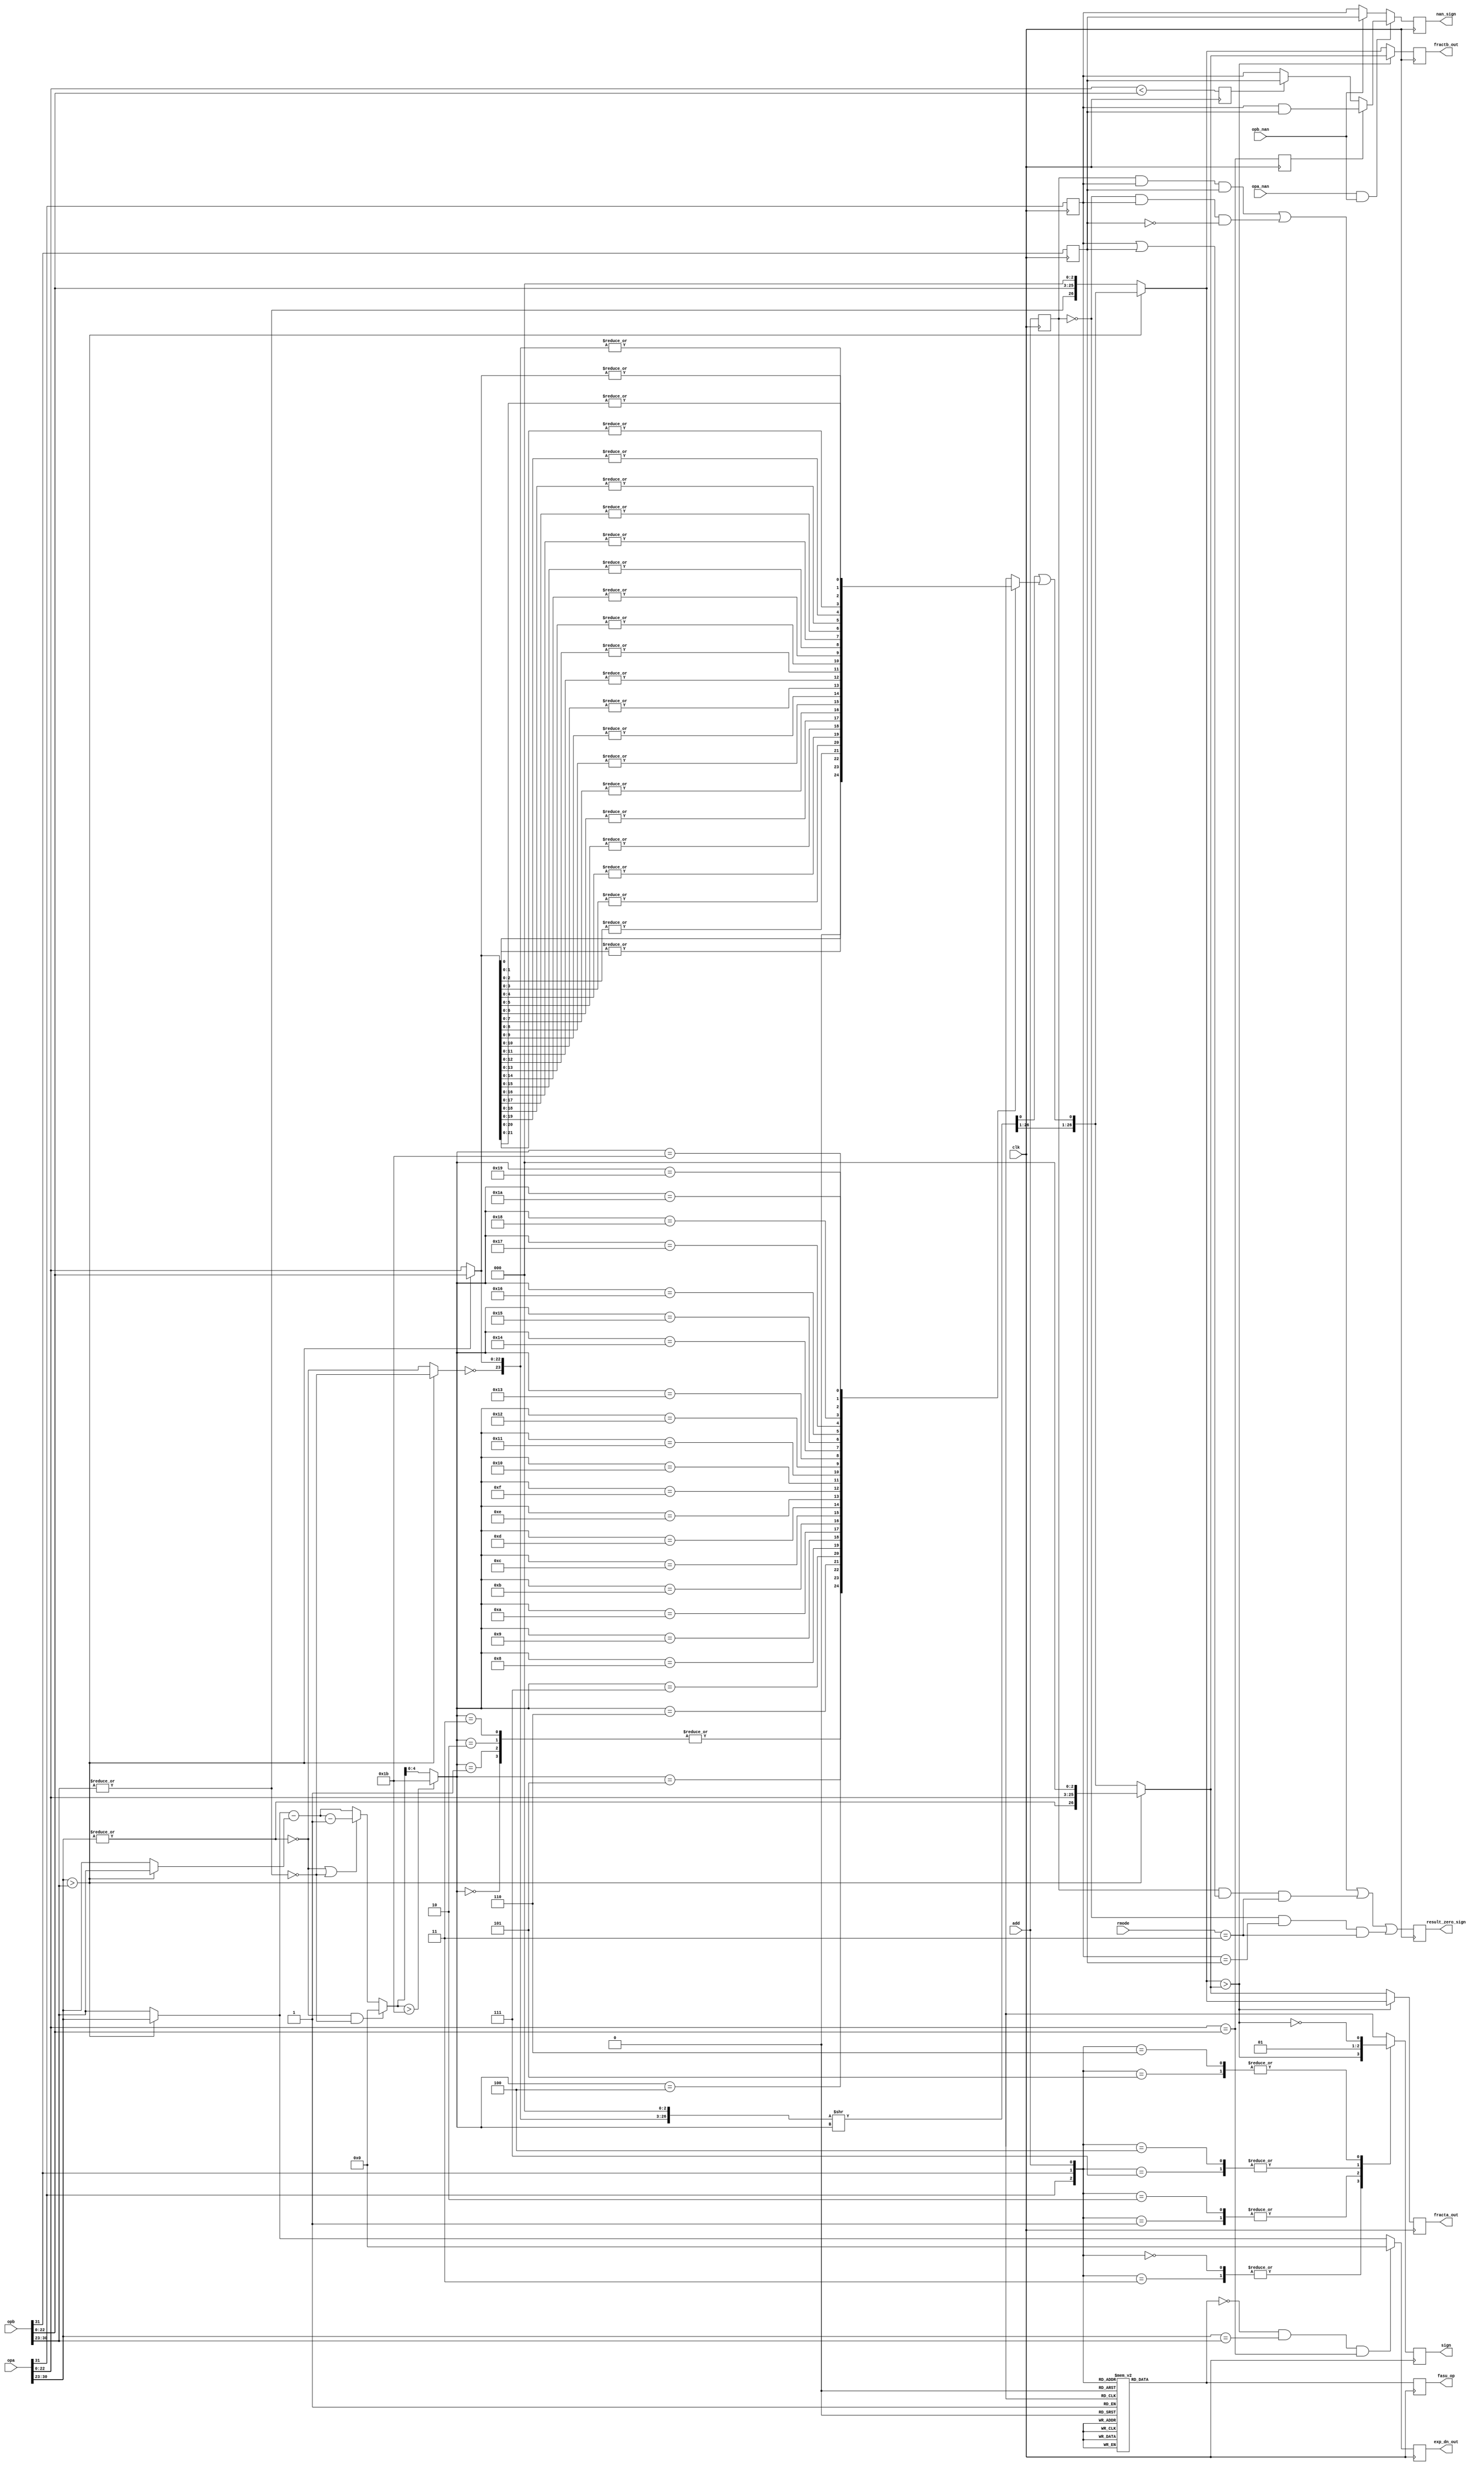
`timescale 1ns / 100ps


module pre_norm(clk, rmode, add, opa, opb, opa_nan, opb_nan, fracta_out,
		fractb_out, exp_dn_out, sign, nan_sign, result_zero_sign,
		fasu_op);
input		clk;
input	[1:0]	rmode;
input		add;
input	[31:0]	opa, opb;
input		opa_nan, opb_nan;
output	[26:0]	fracta_out, fractb_out;
output	[7:0]	exp_dn_out;
output		sign;
output		nan_sign, result_zero_sign;
output		fasu_op;			// Operation Output

////////////////////////////////////////////////////////////////////////
//
// Local Wires and registers
//

wire		signa, signb;		// alias to opX sign
wire	[7:0]	expa, expb;		// alias to opX exponent
wire	[22:0]	fracta, fractb;		// alias to opX fraction
wire		expa_lt_expb;		// expa is larger than expb indicator
wire		fractb_lt_fracta;	// fractb is larger than fracta indicator
reg	[7:0]	exp_dn_out;		// de normalized exponent output
wire	[7:0]	exp_small, exp_large;
wire	[7:0]	exp_diff;		// Numeric difference of the two exponents
wire	[22:0]	adj_op;			// Fraction adjustment: input
wire	[26:0]	adj_op_tmp;
wire	[26:0]	adj_op_out;		// Fraction adjustment: output
wire	[26:0]	fracta_n, fractb_n;	// Fraction selection after normalizing
wire	[26:0]	fracta_s, fractb_s;	// Fraction Sorting out
reg	[26:0]	fracta_out, fractb_out;	// Fraction Output
reg		sign, sign_d;		// Sign Output
reg		add_d;			// operation (add/sub)
reg		fasu_op;		// operation (add/sub) register
wire		expa_dn, expb_dn;
reg		sticky;
reg		result_zero_sign;
reg		add_r, signa_r, signb_r;
wire	[4:0]	exp_diff_sft;
wire		exp_lt_27;
wire		op_dn;
wire	[26:0]	adj_op_out_sft;
reg		fracta_lt_fractb, fracta_eq_fractb;
wire		nan_sign1;
reg		nan_sign;

////////////////////////////////////////////////////////////////////////
//
// Aliases
//

assign  signa = opa[31];
assign  signb = opb[31];
assign   expa = opa[30:23];
assign   expb = opb[30:23];
assign fracta = opa[22:0];
assign fractb = opb[22:0];

////////////////////////////////////////////////////////////////////////
//
// Pre-Normalize exponents (and fractions)
//

assign expa_lt_expb = expa > expb;		// expa is larger than expb

// ---------------------------------------------------------------------
// Normalize

assign expa_dn = !(|expa);			// opa denormalized
assign expb_dn = !(|expb);			// opb denormalized

// ---------------------------------------------------------------------
// Calculate the difference between the smaller and larger exponent

wire	[7:0]	exp_diff1, exp_diff1a, exp_diff2;

assign exp_small  = expa_lt_expb ? expb : expa;
assign exp_large  = expa_lt_expb ? expa : expb;
assign exp_diff1  = exp_large - exp_small;
assign exp_diff1a = exp_diff1-1;
assign exp_diff2  = (expa_dn | expb_dn) ? exp_diff1a : exp_diff1;
assign  exp_diff  = (expa_dn & expb_dn) ? 8'h0 : exp_diff2;

always @(posedge clk)	// If numbers are equal we should return zero
	exp_dn_out <= #1 (!add_d & expa==expb & fracta==fractb) ? 8'h0 : exp_large;

// ---------------------------------------------------------------------
// Adjust the smaller fraction


assign op_dn	  = expa_lt_expb ? expb_dn : expa_dn;
assign adj_op     = expa_lt_expb ? fractb : fracta;
assign adj_op_tmp = { ~op_dn, adj_op, 3'b0 };	// recover hidden bit (op_dn) 

// adj_op_out is 27 bits wide, so can only be shifted 27 bits to the right
assign exp_lt_27	= exp_diff  > 8'd27;
assign exp_diff_sft	= exp_lt_27 ? 5'd27 : exp_diff[4:0];
assign adj_op_out_sft	= adj_op_tmp >> exp_diff_sft;
assign adj_op_out	= {adj_op_out_sft[26:1], adj_op_out_sft[0] | sticky };

// ---------------------------------------------------------------------
// Get truncated portion (sticky bit)

always @(exp_diff_sft or adj_op_tmp)
   case(exp_diff_sft)		// synopsys full_case parallel_case
	00: sticky = 1'h0;
	01: sticky =  adj_op_tmp[0]; 
	02: sticky = |adj_op_tmp[01:0];
	03: sticky = |adj_op_tmp[02:0];
	04: sticky = |adj_op_tmp[03:0];
	05: sticky = |adj_op_tmp[04:0];
	06: sticky = |adj_op_tmp[05:0];
	07: sticky = |adj_op_tmp[06:0];
	08: sticky = |adj_op_tmp[07:0];
	09: sticky = |adj_op_tmp[08:0];
	10: sticky = |adj_op_tmp[09:0];
	11: sticky = |adj_op_tmp[10:0];
	12: sticky = |adj_op_tmp[11:0];
	13: sticky = |adj_op_tmp[12:0];
	14: sticky = |adj_op_tmp[13:0];
	15: sticky = |adj_op_tmp[14:0];
	16: sticky = |adj_op_tmp[15:0];
	17: sticky = |adj_op_tmp[16:0];
	18: sticky = |adj_op_tmp[17:0];
	19: sticky = |adj_op_tmp[18:0];
	20: sticky = |adj_op_tmp[19:0];
	21: sticky = |adj_op_tmp[20:0];
	22: sticky = |adj_op_tmp[21:0];
	23: sticky = |adj_op_tmp[22:0];
	24: sticky = |adj_op_tmp[23:0];
	25: sticky = |adj_op_tmp[24:0];
	26: sticky = |adj_op_tmp[25:0];
	27: sticky = |adj_op_tmp[26:0];
   endcase

// ---------------------------------------------------------------------
// Select operands for add/sub (recover hidden bit)

assign fracta_n = expa_lt_expb ? {~expa_dn, fracta, 3'b0} : adj_op_out;
assign fractb_n = expa_lt_expb ? adj_op_out : {~expb_dn, fractb, 3'b0};

// ---------------------------------------------------------------------
// Sort operands (for sub only)

assign fractb_lt_fracta = fractb_n > fracta_n;	// fractb is larger than fracta
assign fracta_s = fractb_lt_fracta ? fractb_n : fracta_n;
assign fractb_s = fractb_lt_fracta ? fracta_n : fractb_n;

always @(posedge clk)
	fracta_out <= #1 fracta_s;

always @(posedge clk)
	fractb_out <= #1 fractb_s;

// ---------------------------------------------------------------------
// Determine sign for the output

// sign: 0=Positive Number; 1=Negative Number
always @(signa or signb or add or fractb_lt_fracta)
   case({signa, signb, add})		// synopsys full_case parallel_case

   	// Add
	3'b0_0_1: sign_d = 0;
	3'b0_1_1: sign_d = fractb_lt_fracta;
	3'b1_0_1: sign_d = !fractb_lt_fracta;
	3'b1_1_1: sign_d = 1;

	// Sub
	3'b0_0_0: sign_d = fractb_lt_fracta;
	3'b0_1_0: sign_d = 0;
	3'b1_0_0: sign_d = 1;
	3'b1_1_0: sign_d = !fractb_lt_fracta;
   endcase

always @(posedge clk)
	sign <= #1 sign_d;

// Fix sign for ZERO result
always @(posedge clk)
	signa_r <= #1 signa;

always @(posedge clk)
	signb_r <= #1 signb;

always @(posedge clk)
	add_r <= #1 add;

always @(posedge clk)
	result_zero_sign <= #1	( add_r &  signa_r &  signb_r) |
				(!add_r &  signa_r & !signb_r) |
				( add_r & (signa_r |  signb_r) & (rmode==3)) |
				(!add_r & (signa_r == signb_r) & (rmode==3));

// Fix sign for NAN result
always @(posedge clk)
	fracta_lt_fractb <= #1 fracta < fractb;

always @(posedge clk)
	fracta_eq_fractb <= #1 fracta == fractb;

assign nan_sign1 = fracta_eq_fractb ? (signa_r & signb_r) : fracta_lt_fractb ? signb_r : signa_r;

always @(posedge clk)
	nan_sign <= #1 (opa_nan & opb_nan) ? nan_sign1 : opb_nan ? signb_r : signa_r;

////////////////////////////////////////////////////////////////////////
//
// Decode Add/Sub operation
//

// add: 1=Add; 0=Subtract
always @(signa or signb or add)
   case({signa, signb, add})		// synopsys full_case parallel_case
   
   	// Add
	3'b0_0_1: add_d = 1;
	3'b0_1_1: add_d = 0;
	3'b1_0_1: add_d = 0;
	3'b1_1_1: add_d = 1;
	
	// Sub
	3'b0_0_0: add_d = 0;
	3'b0_1_0: add_d = 1;
	3'b1_0_0: add_d = 1;
	3'b1_1_0: add_d = 0;
   endcase

always @(posedge clk)
	fasu_op <= #1 add_d;

endmodule